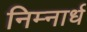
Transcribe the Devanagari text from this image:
निम्नार्ध